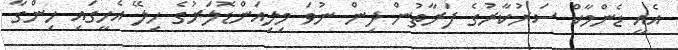
އެއީ ޑެންމާކް ސަރުކާރުގެ ފަރާތުން ދިން ނުވަ މިލިއަންޑޮލަރުގެ ހިލޭ އެހީގައި ހިންގާ